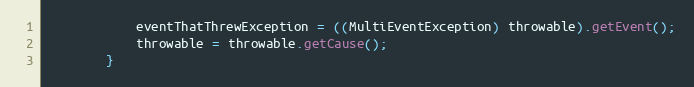
Language: Java
            eventThatThrewException = ((MultiEventException) throwable).getEvent();
            throwable = throwable.getCause();
        }